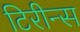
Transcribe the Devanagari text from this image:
टिरीन्स